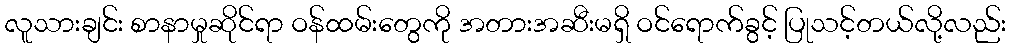
လူသားချင်း စာနာမှုဆိုင်ရာ ဝန်ထမ်းတွေကို အတားအဆီးမရှိ ဝင်ရောက်ခွင့် ပြုသင့်တယ်လို့လည်း